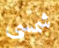
شمسي